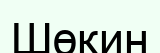
Шөкин